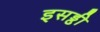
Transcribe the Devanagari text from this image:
इसड्ढी